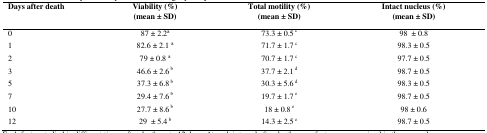
| Days after death | Viability (%)(mean ± SD) | Total motility (%)(mean ± SD) | Intact nucleus (%)(mean ± SD) |
 | --- | --- | --- | --- |
 | 0 | 87 ± 2.2a | 73.3 ± 0.5 c | 98 ± 0.8 |
 | 1 | 82.6 ± 2.1 a | 71.7 ± 1.7 c | 98.3 ± 0.5 |
 | 2 | 79 ± 0.8 a | 70.7 ± 1.7 c | 97.7 ± 0.5 |
 | 3 | 46.6 ± 2.6 b | 37.7 ± 2.1 d | 98.7 ± 0.5 |
 | 5 | 37.3 ± 6.8 b | 30.3 ± 5.6 d | 98.3 ± 0.5 |
 | 7 | 29.4 ± 7.6 b | 19.7 ± 1.7 e | 98.7 ± 0.5 |
 | 10 | 27.7 ± 8.6 b | 18 ± 0.8 e | 98 ± 0.6 |
 | 12 | 29 ± 5.4 b | 14.3 ± 2.5 e | 98.7 ± 0.5 |